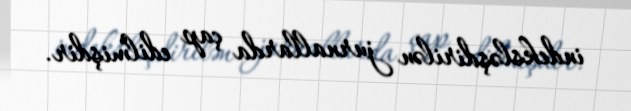
indeksləşdirilən jurnallarda çap edilmişdir.